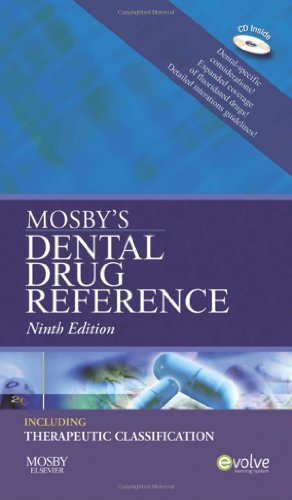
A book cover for Mosby's Dental Drug Reference, 9e (Mosby's Dental Drug Consult); Mosby; Medical Books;